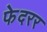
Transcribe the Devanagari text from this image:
फेदरर